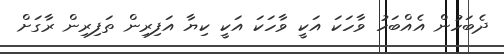
ދެބަހުން އެއްބަހު ވާހަކަ އަކީ ވާހަކަ އަކީ ކިިޔާ އަފިރިން ތަފިރިން ރާގަށް